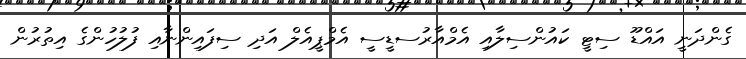
ގެންދަނީ އައްޑޫ ސިޓީ ކައުންސިލާއި އެމްއާރުސޑީސީ އެމްޕީއެލް އަދި ސިފައިންނާއި ފުލުހުންގެ އިތުރުން